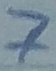
Text: 7